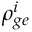
\rho _ { g e } ^ { i }